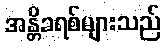
အန္တိခရစ်များသည်